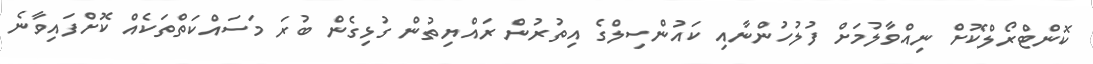
ކޮންޓްރޯލްކޮށް ނިއްވާލުމަށް ފުލުހުންނާއި ކައުންސިލްގެ އިތުރުން ރައްޔިތުން ގުޅިގެން ބުރަ މަސައްކަތްތަކެއް ކޮށްފައިވާނެ